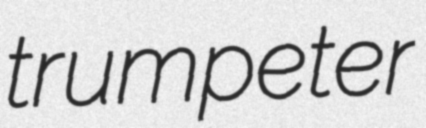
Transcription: trumpeter